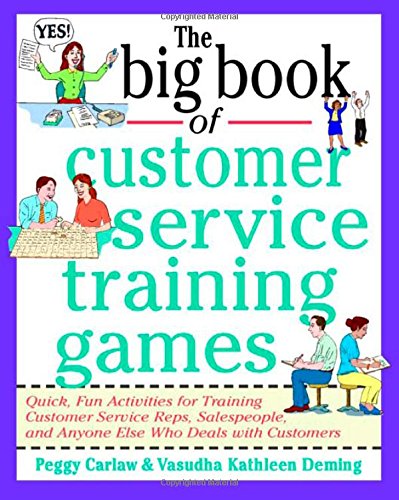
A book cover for The Big Book of Customer Service Training Games (Big Book Series); Peggy Carlaw; Business & Money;